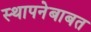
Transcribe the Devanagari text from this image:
स्थापनेबाबत